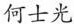
何世光